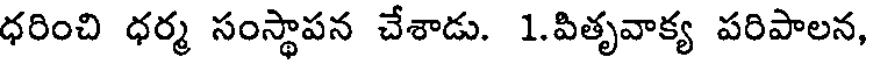
ధరించి ధర్మ సంస్థాపన చేశాడు. 1.పితృవాక్య పరిపాలన,